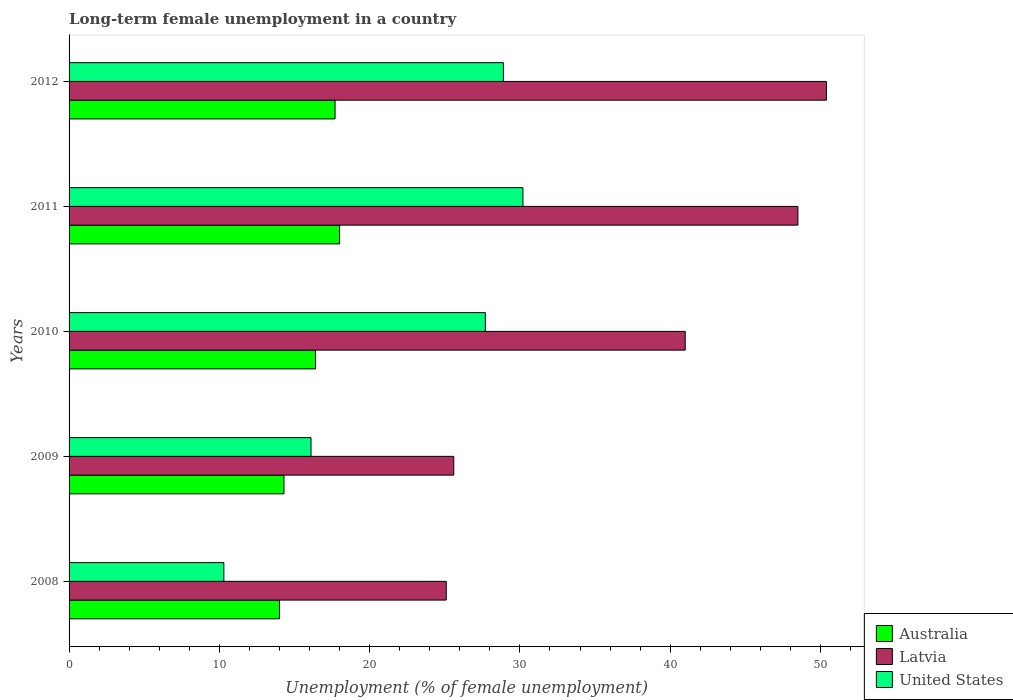
| Years | Australia | Latvia | United States |
 | --- | --- | --- | --- |
 | 2008 | 14 | 25.1 | 10.3 |
 | 2009 | 14.3 | 25.6 | 16.1 |
 | 2010 | 16.4 | 41 | 27.7 |
 | 2011 | 18 | 48.5 | 30.2 |
 | 2012 | 17.7 | 50.4 | 28.9 |